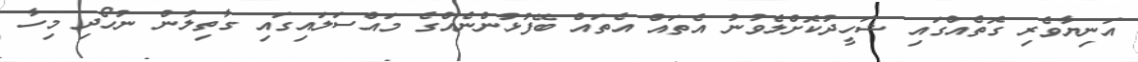
އަނިޔާވެރި ގޮތެއްގައި ޝަހީދުކޮށްލެވުނު އެތައް އެތައް ބޭފުޅުންނެއްގެ މައްސަލައިގައި ގާތިލުން ނުހޯދި މިހާ